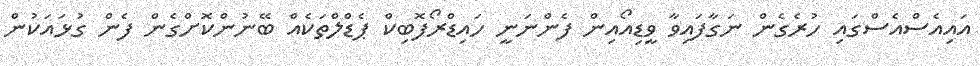
އައިއެސްއެސްގައި ހުރެގެން ނަގާފައިވާ ވީޑިއޯއިން ފެންނަނީ ހައިޑްރޯފޮބިކް ޕެޑްލްތަކެއް ބޭނުންކޮށްގެން ފެން ގުޅައަކުން